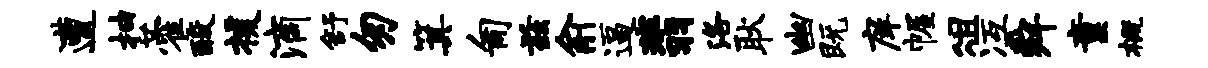
遭抽藿酸援滴舒匆箕匍兹俞逼翡洛耿幽既庠幄俎冱舜童概